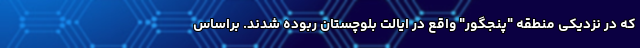
که در نزدیکی منطقه "پنجگور" واقع در ایالت بلوچستان ربوده شدند. براساس